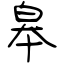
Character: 皋